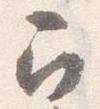
召